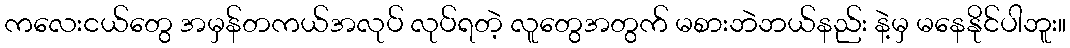
ကလေးငယ်တွေ အမှန်တကယ်အလုပ် လုပ်ရတဲ့ လူတွေအတွက် မစားဘဲဘယ်နည်း နဲ့မှ မနေနိုင်ပါဘူး။